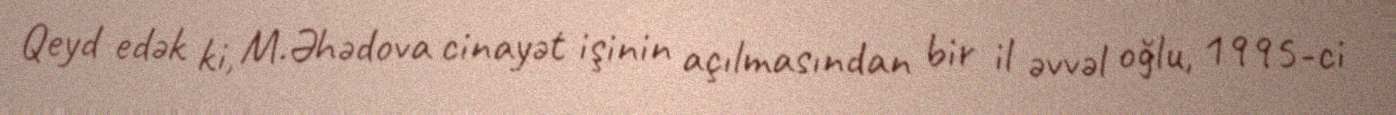
Qeyd edək ki, M.Əhədova cinayət işinin açılmasından bir il əvvəl oğlu, 1995-ci